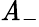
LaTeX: \mathit{A}_{-}